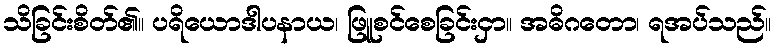
သိခြင်းစိတ်၏။ ပရိယောဒါပနာယ၊ ဖြူစင်စေခြင်းငှာ။ အဓိဂတော၊ ရအပ်သည်။